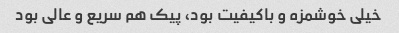
خیلی خوشمزه و باکیفیت بود، پیک هم سریع و عالی بود